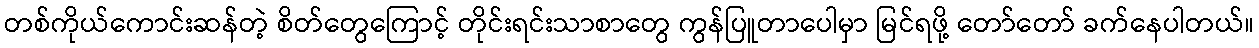
တစ်ကိုယ်ကောင်းဆန်တဲ့ စိတ်တွေကြောင့် တိုင်းရင်းသာစာတွေ ကွန်ပြူတာပေါမှာ မြင်ရဖို့ တော်တော် ခက်နေပါတယ်။